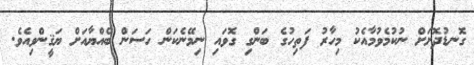
ގޮނޑުދޮށަށް ނުކުމެވުމާއެކު މިހާރު ފަތިހުގެ ބަންގި ގޮވައި ނިމޭނެކަން ހަސަން ބެއްޔާއަށް ޔަޤީންވިއެވެ.